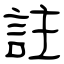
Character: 註